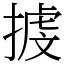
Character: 㨜